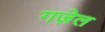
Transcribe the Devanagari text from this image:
गज़ेल